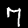
Label: 7